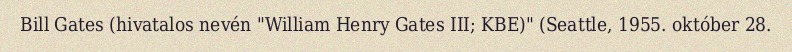
Bill Gates (hivatalos nevén "William Henry Gates III; KBE)" (Seattle, 1955. október 28.